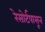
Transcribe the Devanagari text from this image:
रेसोर्टपासून